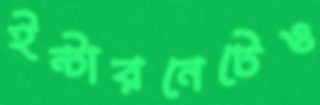
ইন্টারনেটেও